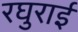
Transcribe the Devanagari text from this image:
रघुराई